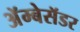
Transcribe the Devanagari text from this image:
अॅम्बेसॅडर